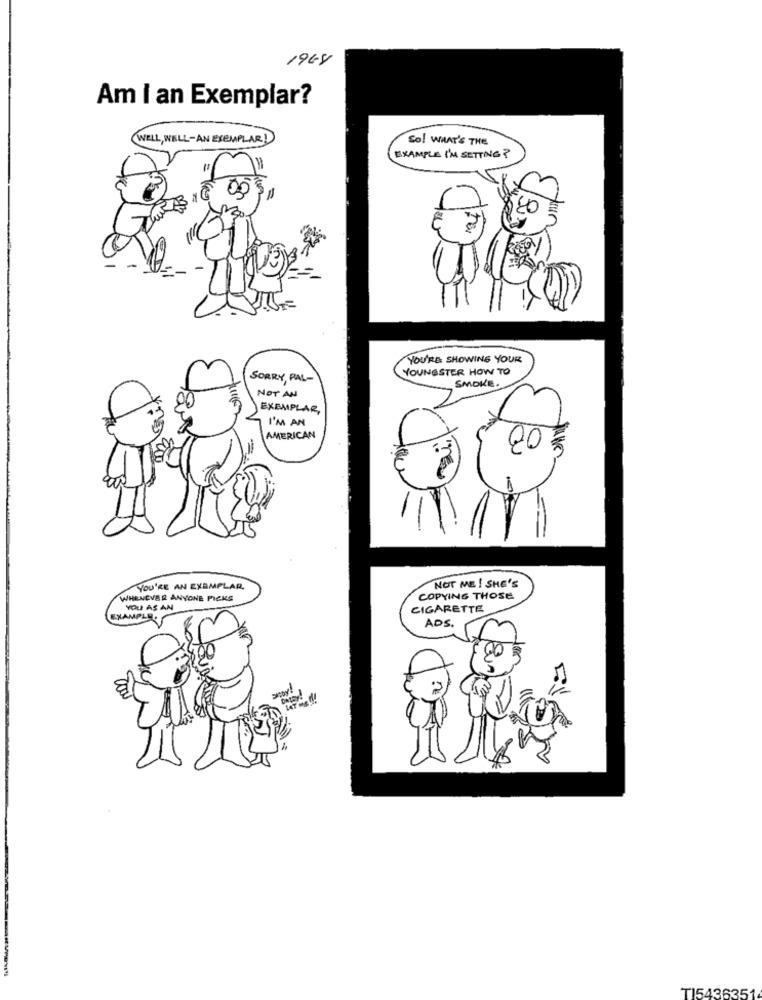
1968
Am I an Exemplar?
WELL, WELL-AN ESEMPLARI
So! WHAT'S THE
EXAMPLE I'M SETTING?
00
YOU'RE SHOWING YOUR
YOUNGSTER HOW TO
SORRY PAL-
SMOKE.
NOT AN
EXEMPLAR,
I'M AN
AMERICAN
NOT ME ! SHE'S
YOU'RE AN EXAMPLAR.
WHENEVER ANYONE PICKS
COPYING THOSE
YOU AS AN
CIGARETTE
EXAMPLE.
ADS.
TI5436351